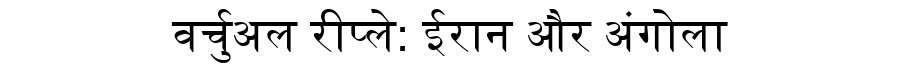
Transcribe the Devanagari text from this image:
वर्चुअल रीप्ले: ईरान और अंगोला